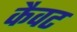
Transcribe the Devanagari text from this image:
कैवट